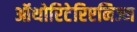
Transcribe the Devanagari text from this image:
ऑथोरिटेरिएनिज्म